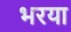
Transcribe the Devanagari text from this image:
भरया